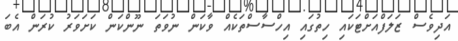
އަދިވެސް ޒަލަފްއަށްޓަކައި ހިތުގައި އިހްސާސްތަކެއް ވާކަން ނުވަތަ ނޫންކަން ކަށަވަރު ކުރަން އެބަ